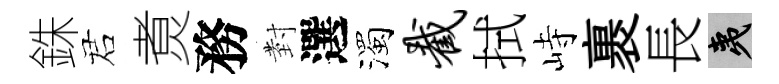
銖诺煑務𭔹選濁截拭峙裹長夷